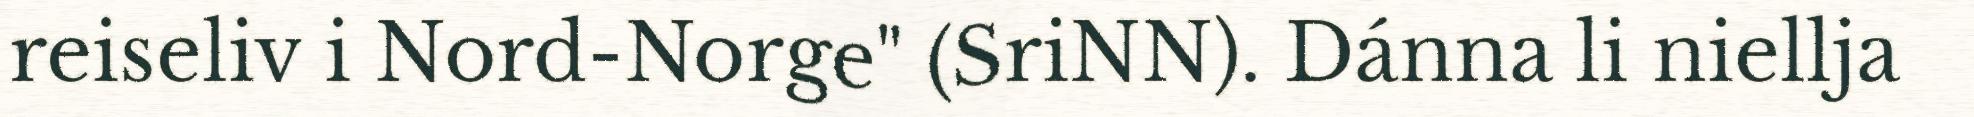
reiseliv i Nord-Norge" (SriNN). Dánna li niellja